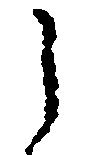
之